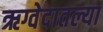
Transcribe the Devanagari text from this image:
ऋग्वेदातल्या